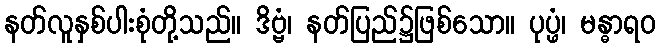
နတ်လူနှစ်ပါးစုံတို့သည်။ ဒိဗ္ဗံ၊ နတ်ပြည်၌ဖြစ်သော။ ပုပ္ဖံ၊ မန္ဓာရဝ